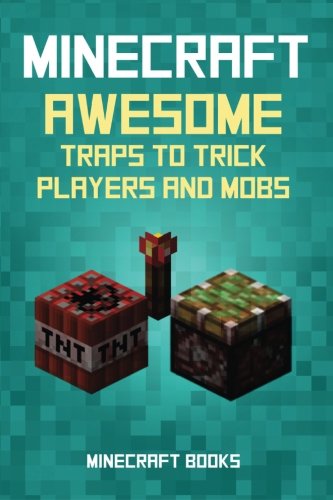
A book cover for Minecraft: AWESOME Traps to Trick Players and Mobs; Minecraft Books; Humor & Entertainment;